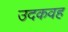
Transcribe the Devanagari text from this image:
उदकवह